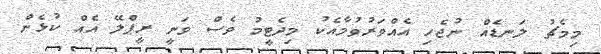
މިމެޗު ލަނޑެއް ނުޖެހި އެއްވަރުވުމާއެކު މިދެޓީމު ވެސް ވަނީ ރީޕްލޭ އެއް ކުޅެން